King Institute of Preventive Medicine Micro-Biological Section reports 1909-11
Year: 1909
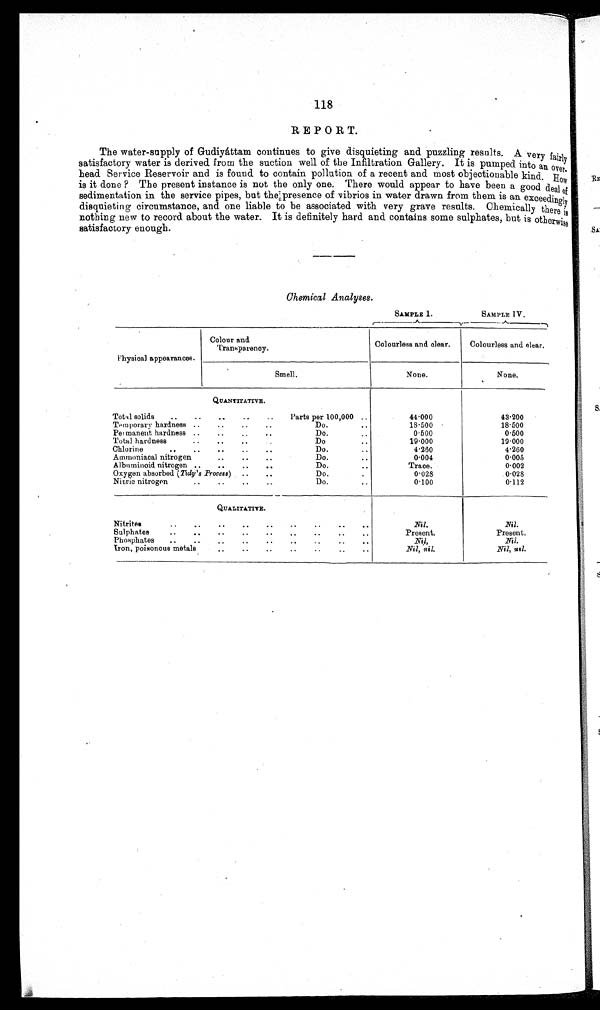
118
REPORT.
The water-supply of Gudiyáttam continues to give disquieting and puzzling results. A very
fairly
satisfactory water is derived from the suction well of the Infiltration Gallery. It is pump ed into an over
-
head Service Reservoir and is found to contain pollution of a recent and most objectionable kind. H ow
is it done ? The present instance is not the only one. There would appear to have been a good deal of
sedimentation in the service pipes, but the presence of vibrios in water drawn from them is an exceedingly
disquieting circumstance, and one liable to be associated with very grave results. Chemically there is
nothing new to record about the water. It is definitely hard and contains some sulphates, but is otherwise
satisfactory enough.
Chemical Analyses.
SAMPLE I.
SAMPLE I V.
r-
..._
--)
Physical appearances.
Colour and
Tramparency.
Colourless and clear.
Colourless and clear.
Smell.
None.
None.
QUANTITATIVE.
Total solids
..
..
..
..
..
Parts per 100,000 ..
44∙000
43∙200
Temporary hardness ..
..
..
..
..
Do...
18∙500
18∙500
Per manent hardness .. .. .. ..
Do... 0∙500
0∙500
Total hardness
..
..
..
Do.. 19∙000
19∙000
Chlorine
..
..
..
..
..
Do..
1∙260
1∙260
Ammoniacal nitrogen
..
..
..
Do.
..
0∙004
0∙005
Albuminoid nitrogen ..
..
..
..
Do.
..
Trace.
0.002
Oxygen absorbed (Tick's Process)
..
..
Do.
0∙028
0∙028
Nitric nitrogen..
..
. .
Do.
..
0∙100
0∙112
QUALITATIVE.
Nitrites
••
..
..
.•
••
••
••
••
..
Nil.
Nil.
Sul phates
..
.
..
..
..
..
..
..
..
Present.
Present.
..
..
..
.
Phosphates
..
..
...
..
Nil,
nil.
Iron, poisonous metals, •
••
..
..
••
..
..
nil.
Nil, nil